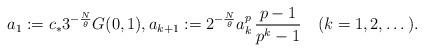
LaTeX: \begin{align*}a_1:=c_*3^{-\frac{N}{\theta}}G(0,1),a_{k+1}:=2^{- \frac{N}{\theta}}a_k^p\,\frac{p-1}{p^k-1}\quad(k=1,2,\dots). \end{align*}